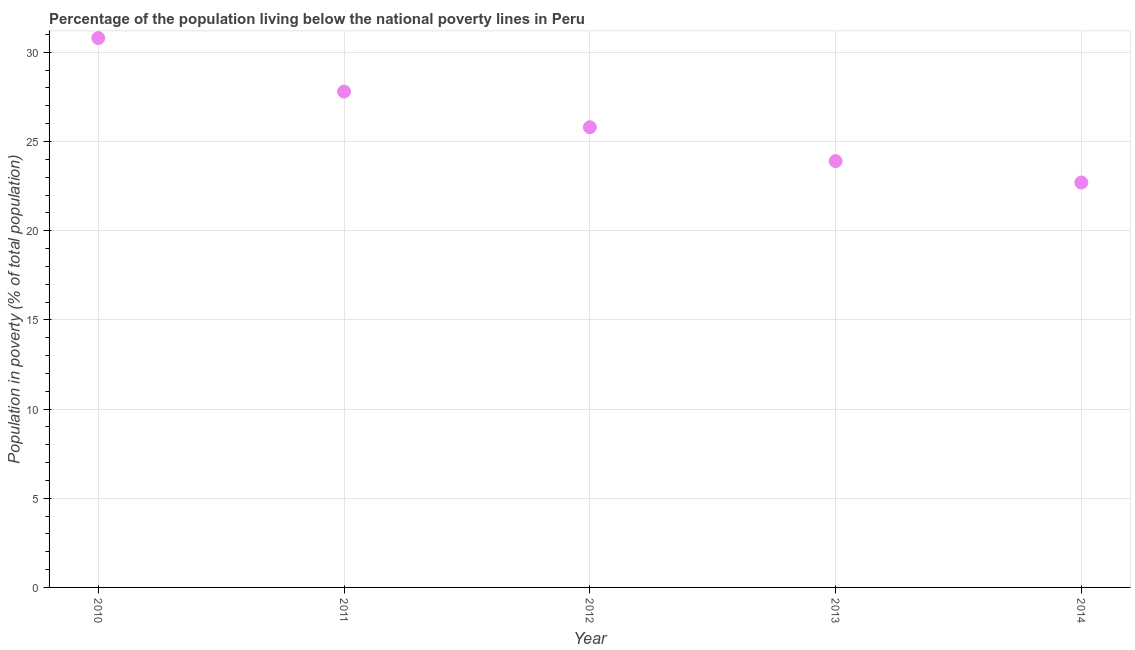
| Year | Poverty headcount ratio |
 | --- | --- |
 | 2010 | 30.8 |
 | 2011 | 27.8 |
 | 2012 | 25.8 |
 | 2013 | 23.9 |
 | 2014 | 22.7 |